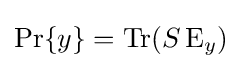
\operatorname {Pr} \{y\}=\operatorname {Tr} (S\operatorname {E} _{y})